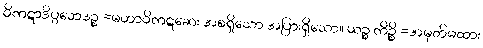
ဝိကဋာဒိပ္ပဘေဒဉ္စ =မဟာဝိကဋဆေး အစရှိသော အပြားရှိသော။ ယဉ္စ ကိဉ္စိ =အမှတ်မထား